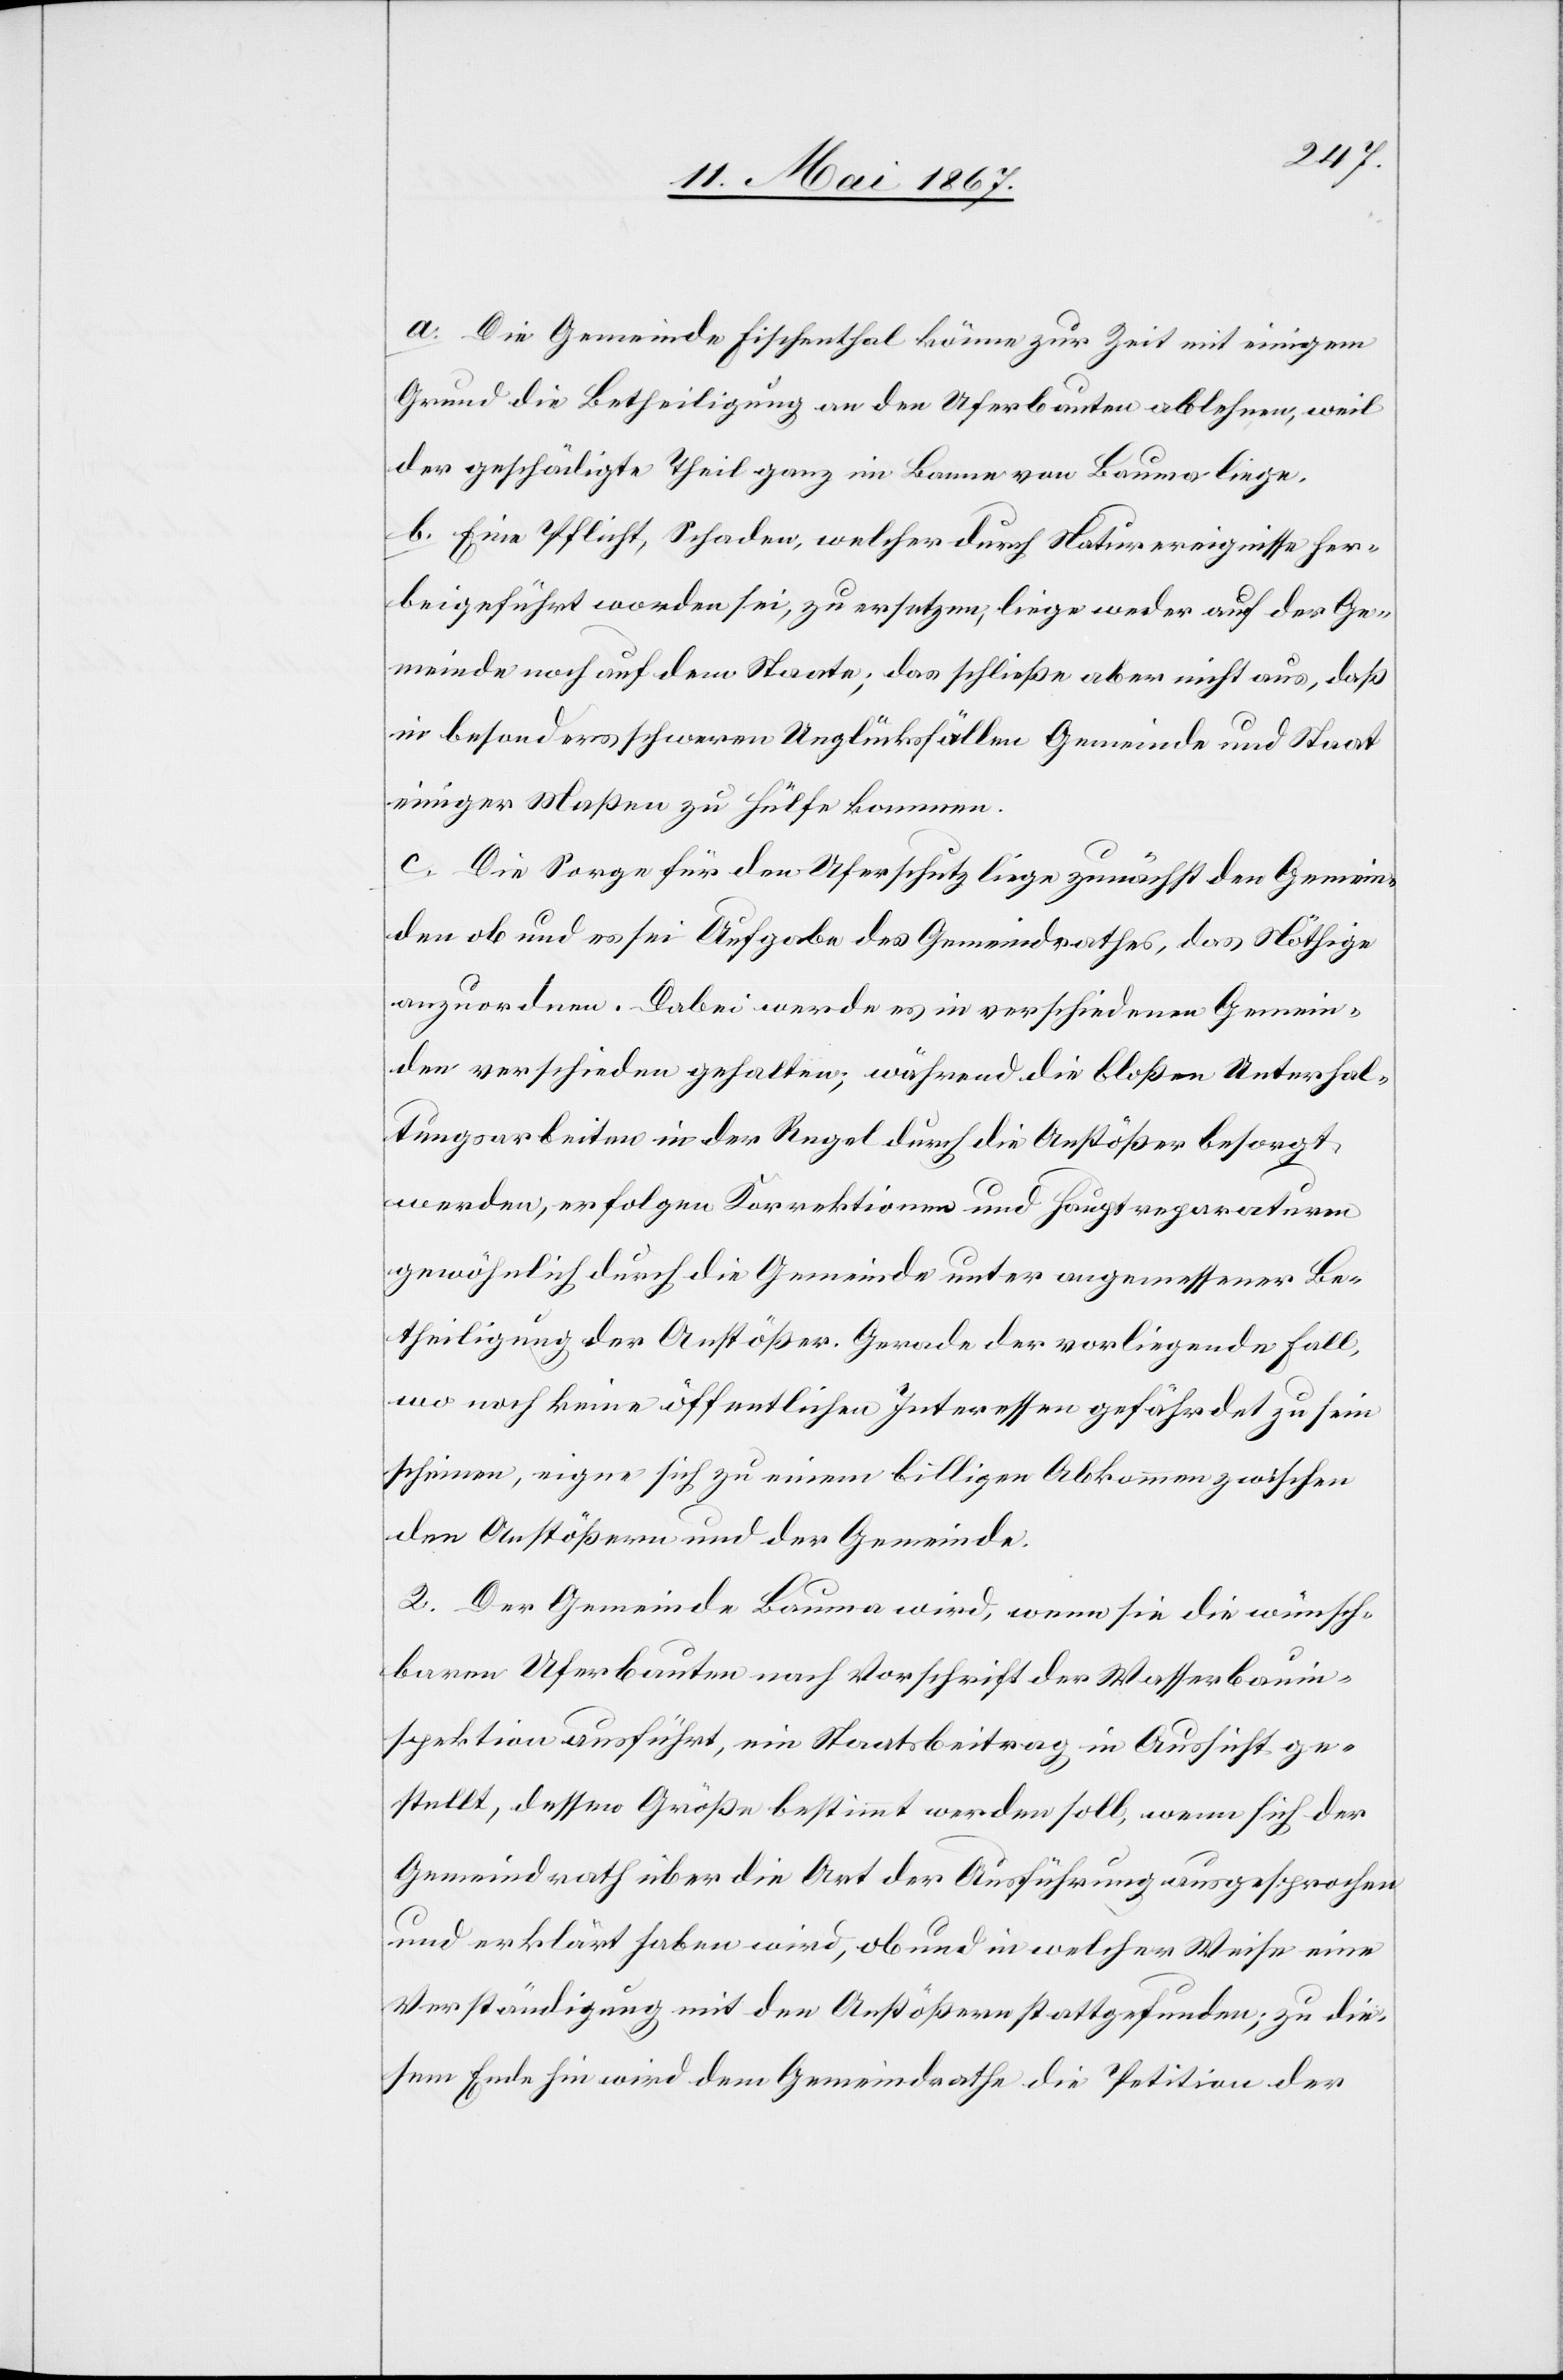
a. Die Gemeinde Fischenthal könne zur Zeit mit einigem
Grund die Betheiligung an den Uferbauten ablehnen, weil
der geschädigte Theil ganz im Banne von Bauma liege.
b. Eine Pflicht, Schaden, welcher durch Naturereignisse her¬
beigeführt worden sei, zu ersetzen, liege weder auf der Ge¬
meinde noch auf dem Staate; das schließe aber nicht aus, daß
in besonders schweren Unglücksfällen Gemeinde und Staat
einiger Maßen zu Hülfe kommen.
c. Die Sorge für den Uferschutz liege zunächst den Gemein¬
den ob und es sei Aufgabe des Gemeindrathes, das Nöthige
anzuordnen. Dabei werde es in verschiedenen Gemein¬
den verschieden gehalten; während die bloßen Unterhal¬
tungsarbeiten in der Regel durch die Anstößer besorgt
werden, erfolgen Korrektionen und Hauptreparaturen
gewöhnlich durch die Gemeinde unter angemessener Be¬
theiligung der Anstößer. Gerade der vorliegende Fall,
wo noch keine öffentlichen Interessen gefährdet zu sein
scheinen, eigne sich zu einem billigen Abkommen zwischen
den Anstößern und der Gemeinde.
2. Der Gemeinde Bauma wird, wenn sie die wünsch¬
baren Uferbauten nach Vorschrift der Wasserbauin¬
spektion ausführt, ein Staatsbeitrag in Aussicht ge¬
stellt, dessen Größe bestimmt werden soll, wenn sich der
Gemeindrath über die Art der Ausführung ausgesprochen
und erklärt haben wird, ob und in welcher Weise eine
Verständigung mit den Anstößern stattgefunden; zu die¬
sem Ende hin wird dem Gemeindrathe die Petition der